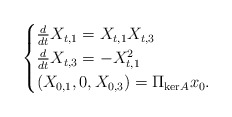
\begin{align*} \begin{cases}\frac{d}{dt}X_{t,1}= X_{t,1}X_{t,3} \\ \frac{d}{dt}X_{t,3} = -X_{t,1}^2 \\ (X_{0,1},0,X_{0,3}) = \Pi_{\mathrm{ker}A} x_0.\end{cases}\end{align*}